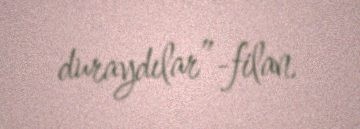
duraydılar”-filan.